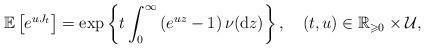
LaTeX: \begin{align*}\mathbb{E}\left[e^{uJ_{t}}\right]=\exp\left\lbrace t\int_{0}^{\infty}\left(e^{uz}-1\right)\nu(\mathrm{d}z)\right\rbrace ,\quad(t,u)\in\mathbb{R}_{\geqslant0}\times\mathcal{U},\end{align*}